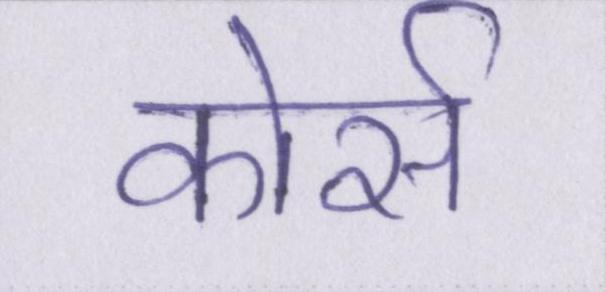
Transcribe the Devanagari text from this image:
कोर्स